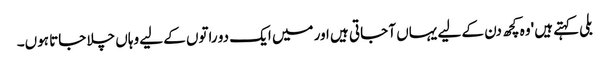
بلی کہتے ہیں 'وہ کچھ دن کے لیے یہاں آ جاتی ہیں اور میں ایک دو راتوں کے لیے وہاں چلا جاتا ہوں۔